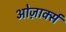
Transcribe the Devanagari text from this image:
ओज़ार्क्स